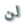
لن